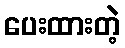
ပေးထားတဲ့